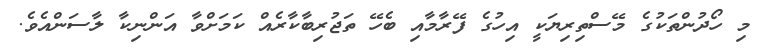
މި ހޯދުންތަކުގެ މޭސްތިރިޔަކީ އިހުގެ ފޭރާމާއި ބެހޭ ތަޖުރިބާކާރެއް ކަމަށްވާ އަންނިކާ ލާސަންއެވެ.